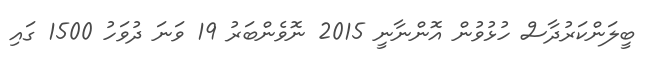
ބީލަންކަރުދާސް ހުޅުވުން އޮންނާނީ 2015 ނޮވެންބަރު 19 ވަނަ ދުވަހު 1500 ގައި